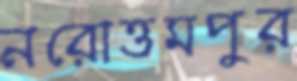
নরোত্তমপুর